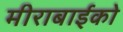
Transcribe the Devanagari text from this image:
मीराबाईको